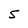
Character: 5